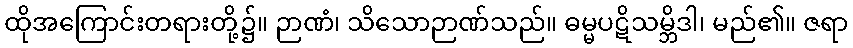
ထိုအကြောင်းတရားတို့၌။ ဉာဏံ၊ သိသောဉာဏ်သည်။ ဓမ္မပဋိသမ္ဘိဒါ၊ မည်၏။ ဇရာ